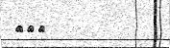
٢٥٦